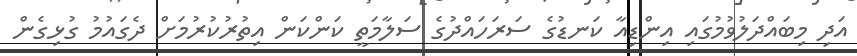
އަދި މިބައްދަލުވުމުގައި އިންޑިއާ ކަނޑުގެ ސަރަހައްދުގެ ސަލާމަތީ ކަންކަން އިތުރުކުރުމަށް ދެގައުމު ގުޅިގެން